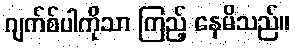
ဂျက်စ်ပါကိုသာ ကြည့် နေမိသည်။